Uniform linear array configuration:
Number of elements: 8
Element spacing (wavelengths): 0.25
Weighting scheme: binomial
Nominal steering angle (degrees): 60
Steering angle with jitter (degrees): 61.127
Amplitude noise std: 0.05
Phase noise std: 0.05

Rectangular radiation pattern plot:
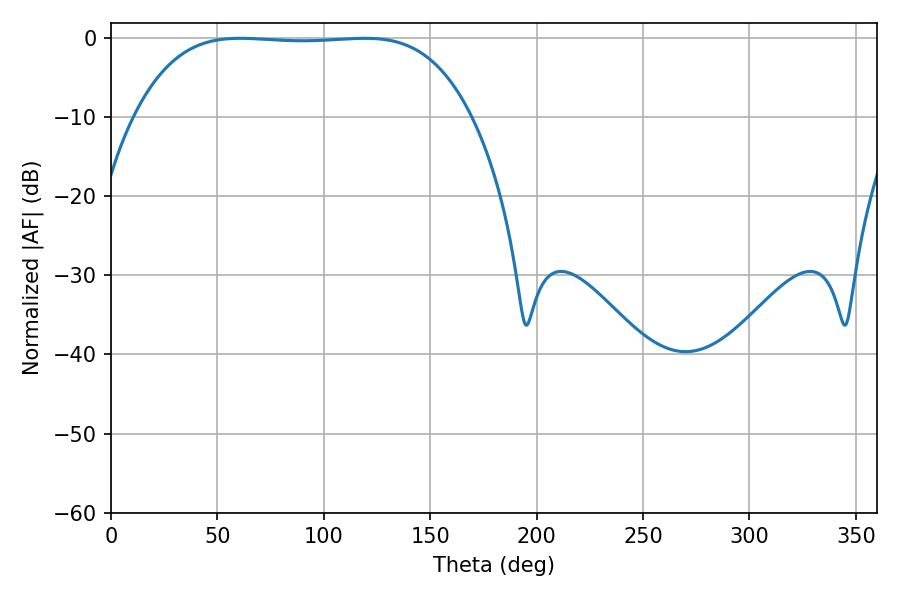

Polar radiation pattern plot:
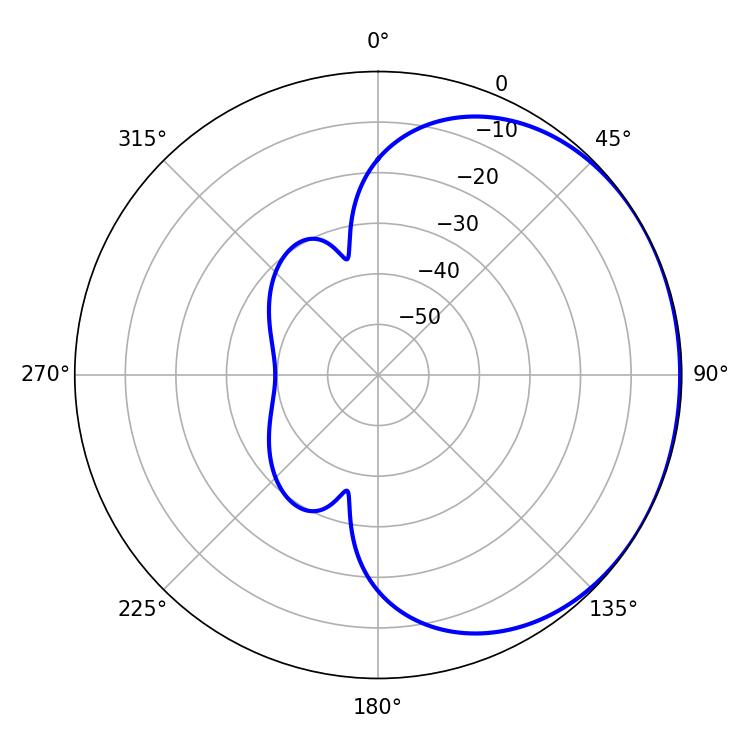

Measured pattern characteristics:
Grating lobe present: FALSE
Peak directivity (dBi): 0.7694
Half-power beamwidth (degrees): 122.4
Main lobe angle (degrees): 60.66